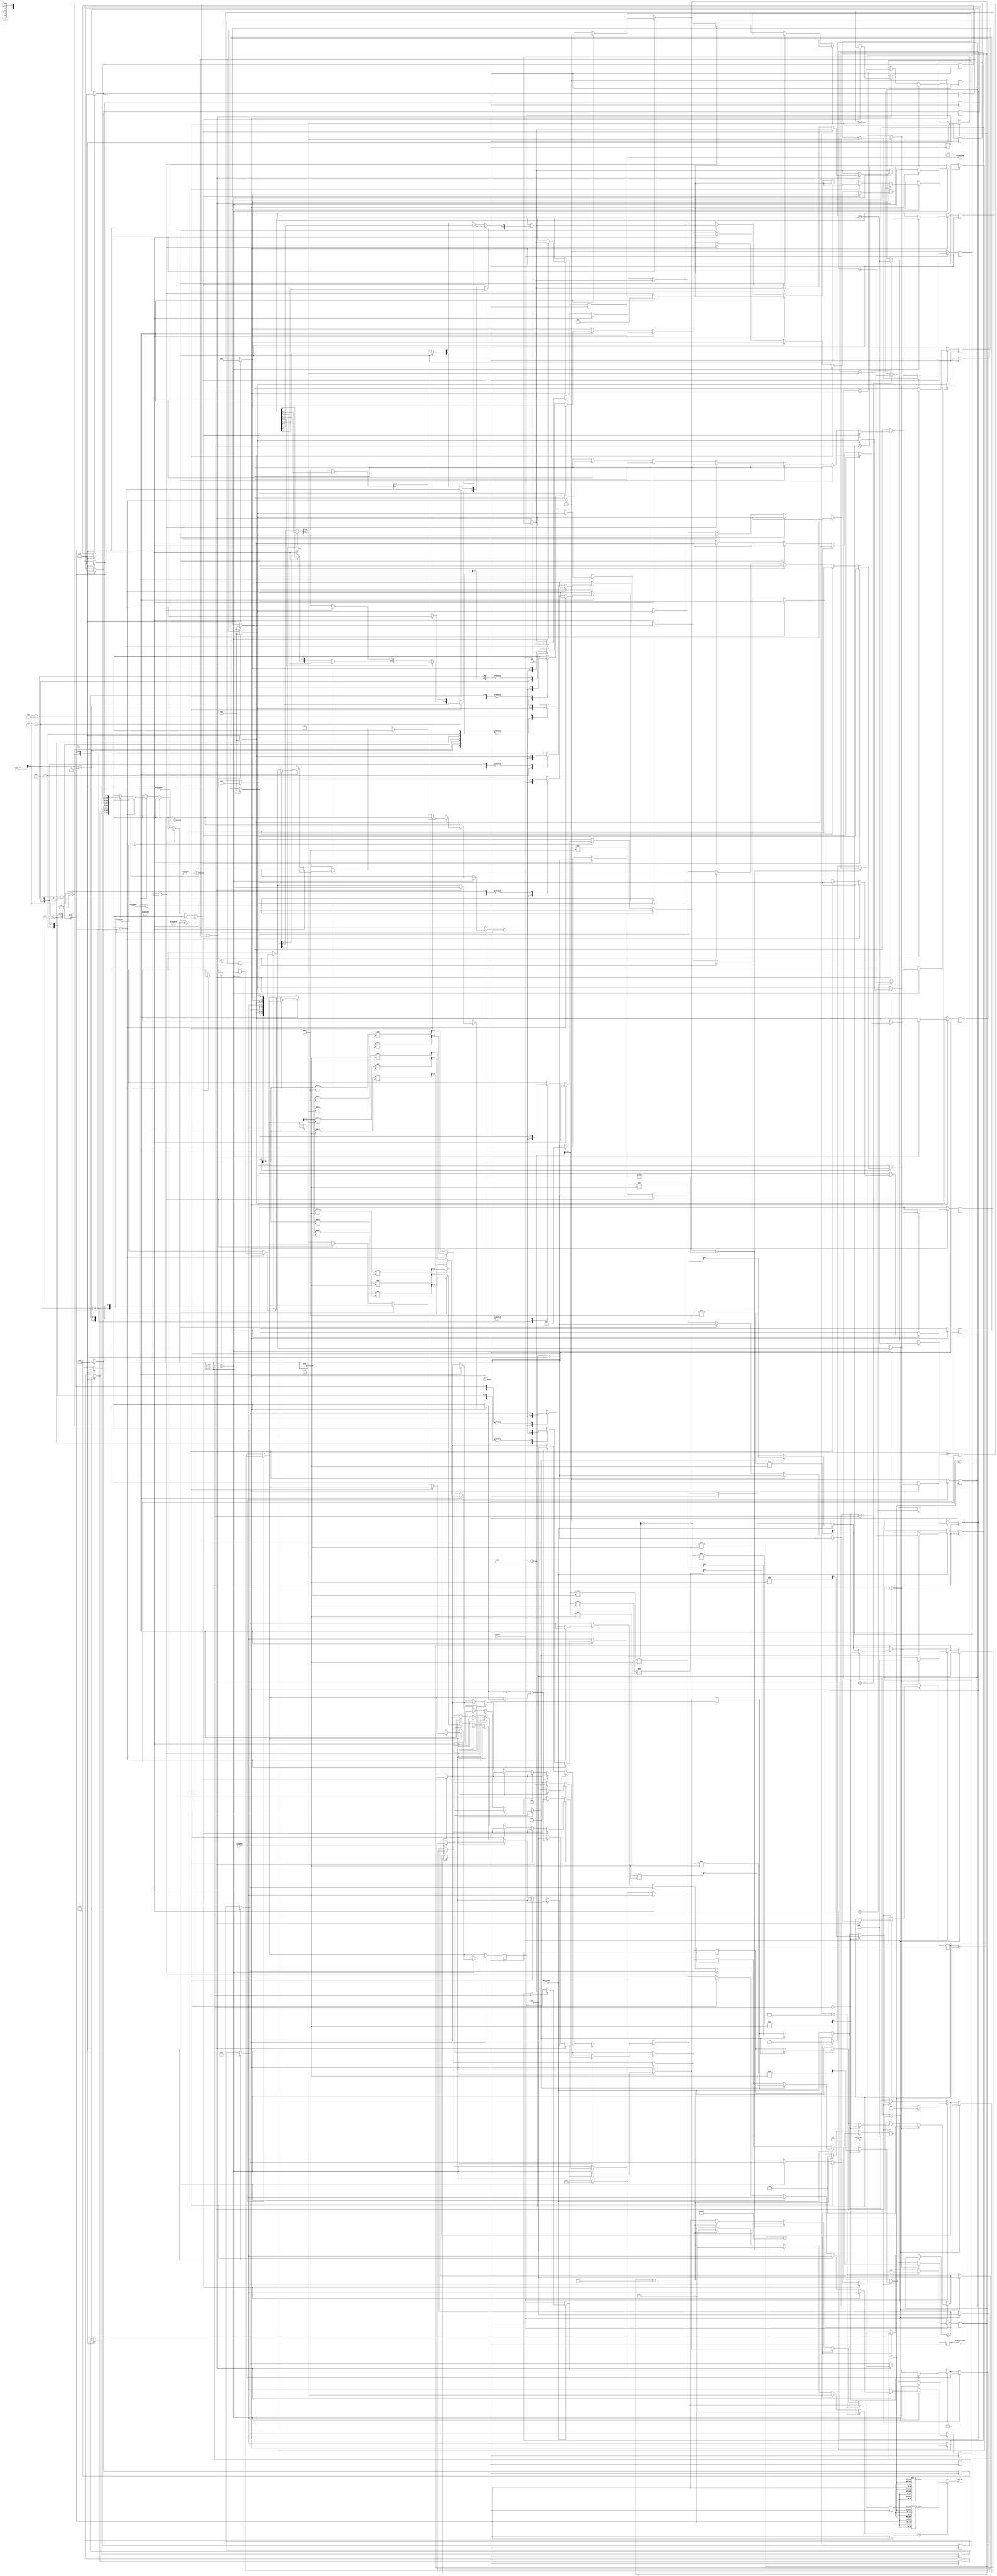
`timescale 1ns / 1ps
//////////////////////////////////////////////////////////////////////////////////
//
// 
// 
//////////////////////////////////////////////////////////////////////////////////


module VendingMachine(
    input clk,
    input [7:0] Selection,
    input quarterBtn,
    input dollarBtn,
    input cardBtn,
    input changeBtn,
    input buyBtn,
    output [5:0] Despensing,
    output reg [3:0] Anode_Activate, // anode signals of the 7-segment LED display
    output reg [7:0] LED_out// cathode patterns of the 7-segment LED display
    );
    //...................................
    reg [3:0] LED_BCD;
    reg [27:0] waittime = 0;
    reg [60:0] waittime2 = 0;
    reg [3:0] Seg1 = 0;
    reg [3:0] Seg2 = 0;
    reg [3:0] Seg3 = 0;
    reg [3:0] Seg4 = 0;
    reg [7:0] RegSelection = 0;
    reg [5:0] RegDespensing = 0;
    reg [2:0] State;
    reg [6:0] productPrices [7:0]; //Prices of each product
    reg [6:0] productQuantity [7:0]; //How much product is left in the machine
    reg [64:0] moneyInput = 0;
    reg [2:0] bearcatCardUsed = 0; //0 = no card input, 1 = card input, 2 = card declined
    reg [1:0] dotNeeded = 0;
    integer debouncer = 0;
    integer debouncer2 = 0;
    integer debouncer3 = 0;
    integer debouncer4 = 0;
    integer debouncer5 = 0;
    integer moneyInputInt = 0;
    integer SelectionInt = 0;
    
    
    reg [1:0] initialize = 0;
    //...................................
        
        
    always @(posedge clk)
    begin

        if (initialize == 0)
        begin
            //First time the program runs, setup variables
            productPrices[0] = 50;
            productPrices[1] = 50;
            productPrices[2] = 75;
            productPrices[3] = 75;
            productPrices[4] = 125;
            productPrices[5] = 125;
            productPrices[6] = 125;
            productPrices[7] = 125;
            
            productQuantity[0] = 10;
            productQuantity[1] = 10;
            productQuantity[2] = 50;
            productQuantity[3] = 0;
            productQuantity[4] = 5;
            productQuantity[5] = 10;
            productQuantity[6] = 2;
            productQuantity[7] = 10;
            initialize = 1;
        end
        
        
        if (quarterBtn == 1)begin
            if (debouncer == 13000000)begin
                //User input a quarter, add to total money put in machine
                moneyInput = moneyInput + 25;
                moneyInputInt = moneyInput;
                Seg1 = (moneyInputInt / (10 ** 3)) % 10;
                Seg2 = (moneyInputInt / (10 ** 2)) % 10;
                Seg3 = (moneyInputInt / (10 ** 1)) % 10;
                Seg4 = (moneyInputInt / (10 ** 0)) % 10; 
                debouncer = debouncer + 1;
            end
            else if (debouncer < 13000000)begin
                //counter to debounce the button
                debouncer = debouncer + 1;
            end
        end
        else begin
            debouncer = 0;
        end
        
        if (dollarBtn == 1)begin
            if (debouncer2 == 13000000)begin
                //User input a dollar, add to total money put in machine
                moneyInput = moneyInput + 100;
                moneyInputInt = moneyInput;
                Seg1 = (moneyInputInt / (10 ** 3)) % 10;
                Seg2 = (moneyInputInt / (10 ** 2)) % 10;
                Seg3 = (moneyInputInt / (10 ** 1)) % 10;
                Seg4 = (moneyInputInt / (10 ** 0)) % 10; 
                debouncer2 = debouncer2 + 1;
            end
            else if (debouncer2 < 13000000) begin
                //counter to debounce the button
                debouncer2 = debouncer2 + 1;
            end
        end
        else begin
            debouncer2 = 0;
        end
        
        if (cardBtn == 1)begin
            if (debouncer3 == 13000000)begin
                //User input a bearcat card, set register to denote that state
                bearcatCardUsed = 1;
                //Display "card" on the display to show card was accepted
                Seg1 = 11;
                Seg2 = 12;
                Seg3 = 13;
                Seg4 = 14;  
                debouncer3 = debouncer3 + 1;
            end
            else if (debouncer3 < 13000000) begin
                //counter to debounce the button
                debouncer3 = debouncer3 + 1;
            end
        end
        else begin
            debouncer3 = 0;
        end
        
        if (changeBtn == 1)begin
            if (debouncer4 == 13000000)begin
                //User requested change
                moneyInput = 0;
                Seg1 = 0;
                Seg2 = 0;
                Seg3 = 0;
                Seg4 = 0;  
                debouncer4 = debouncer4 + 1;
            end
            else if (debouncer4 < 13000000) begin
                //counter to debounce the button
                debouncer4 = debouncer4 + 1;
            end
        end
        else begin
            debouncer4 = 0;
        end
        
         if (buyBtn == 1 || waittime2 > 0)begin
            if (debouncer5 == 13000000)begin
                //Check if they put in enough money for the item they tried to pick, also if there is enough of the product in the machine
                SelectionInt = Selection;
                if((moneyInput >= productQuantity[SelectionInt] || bearcatCardUsed == 1) && productQuantity[SelectionInt] > 0)
                begin
                    //Enough money was found, dispense item
                    waittime2 = waittime2 + 1;
                    if(waittime2 ==124990000)
                    begin
                        RegDespensing[0] = 1;
                    end
                    else if(waittime2 ==249990000)
                    begin
                        RegDespensing[1] = 1;
                    end
                    else if(waittime2 ==374990000)
                    begin
                        RegDespensing[2] = 1;
                    end
                    else if(waittime2 ==499990000)
                    begin
                        RegDespensing[3] = 1;
                    end
                    else if(waittime2 ==524990000)
                    begin
                        RegDespensing[4] = 1;
                    end
                    else if(waittime2 >1000000000)
                    begin
                        //item finished dispensing
                        RegSelection = Selection;
                        RegDespensing = 6'b000000;
                        waittime2 = 0;
                        debouncer5 = 0;
                        if (bearcatCardUsed == 1)begin
                            //Bearcat card spent, reset register
                            bearcatCardUsed = 0;
                            
                            //Reset display to current balance
                            moneyInputInt = moneyInput;
                            Seg1 = (moneyInputInt / (10 ** 3)) % 10;
                            Seg2 = (moneyInputInt / (10 ** 2)) % 10;
                            Seg3 = (moneyInputInt / (10 ** 1)) % 10;
                            Seg4 = (moneyInputInt / (10 ** 0)) % 10; 
                        end
                        else begin
                            //product dispensed, remove cost from cash balance
                            moneyInput = moneyInput - productPrices[SelectionInt];
                            productQuantity[SelectionInt] =  productQuantity[SelectionInt] - 1;
                            moneyInputInt = moneyInput;
                            Seg1 = (moneyInputInt / (10 ** 3)) % 10;
                            Seg2 = (moneyInputInt / (10 ** 2)) % 10;
                            Seg3 = (moneyInputInt / (10 ** 1)) % 10;
                            Seg4 = (moneyInputInt / (10 ** 0)) % 10; 
                        end
                        
                    end
                end
                else if (productQuantity[SelectionInt] == 0 || moneyInput < productQuantity[SelectionInt]) begin
                    //Not enough product, display "oops"
                    Seg1 = 0;
                    Seg2 = 0;
                    Seg3 = 10;
                    Seg4 = 5;   
                end
                //debouncer5 = debouncer5 + 1;
            end
            else if (debouncer5 < 13000000) begin
                //counter to debounce the button
                debouncer5 = debouncer5 + 1;
            end
        end
        else begin
            debouncer5 = 0;
        end
        
        
        
        if(waittime ==12499)
        begin
            Anode_Activate = 4'b0111; 
            // activate LED1 and Deactivate LED2, LED3, LED4
            dotNeeded = 0;
            LED_BCD = Seg1;
        end
        else if(waittime ==24999)
        begin
            Anode_Activate = 4'b1011; 
            dotNeeded = 1;
            LED_BCD = Seg2;
        end
        else if(waittime ==37499)
        begin
            Anode_Activate = 4'b1101; 
            dotNeeded = 0;
            LED_BCD = Seg3;
        end
         else if(waittime ==49999)
        begin
            Anode_Activate = 4'b1110; 
            dotNeeded = 0;
            LED_BCD = Seg4;
            waittime = 0;
        end
        waittime = waittime + 1;
    end
    
    always@(*)
    begin
        if (dotNeeded == 1)begin
            case(LED_BCD)
                5'b00000: LED_out  = 8'b00000001; // "0"  
                5'b00001: LED_out  = 8'b01001111; // "1" 
                5'b00010: LED_out  = 8'b00010010; // "2" 
                5'b00011: LED_out  = 8'b00000110; // "3" 
                5'b00100: LED_out  = 8'b01001100; // "4" 
                5'b00101: LED_out  = 8'b00100100; // "5" 
                5'b00110: LED_out  = 8'b00100000; // "6" 
                5'b00111: LED_out  = 8'b00001111; // "7" 
                5'b01000: LED_out  = 8'b00000000; // "8"  
                5'b01001: LED_out  = 8'b00000100; // "9" 
                5'b01010: LED_out  = 8'b10011000; // "P"
                5'b01011: LED_out  = 8'b00110001; // "c"
                5'b01100: LED_out  = 8'b00000010; // "a"
                5'b01101: LED_out  = 8'b01111010; // "r"
                5'b01110: LED_out  = 8'b01000010; // "d"
                default: LED_out  = 8'b01111111; // "0"
            endcase
        end
        else begin
            case(LED_BCD)
                5'b00000: LED_out  = 8'b10000001; // "0"  
                5'b00001: LED_out  = 8'b11001111; // "1" 
                5'b00010: LED_out  = 8'b10010010; // "2" 
                5'b00011: LED_out  = 8'b10000110; // "3" 
                5'b00100: LED_out  = 8'b11001100; // "4" 
                5'b00101: LED_out  = 8'b10100100; // "5" 
                5'b00110: LED_out  = 8'b10100000; // "6" 
                5'b00111: LED_out  = 8'b10001111; // "7" 
                5'b01000: LED_out  = 8'b10000000; // "8"  
                5'b01001: LED_out  = 8'b10000100; // "9" 
                5'b01010: LED_out  = 8'b10011000; // "P"
                5'b01011: LED_out  = 8'b10110001; // "c"
                5'b01100: LED_out  = 8'b10000010; // "a"
                5'b01101: LED_out  = 8'b11111010; // "r"
                5'b01110: LED_out  = 8'b11000010; // "d"
                default: LED_out  = 8'b11111111; // "0"
            endcase
        end
      
    end
    
assign Despensing = RegDespensing;
    
endmodule